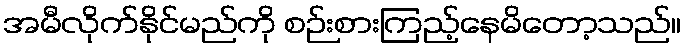
အမီလိုက်နိုင်မည်ကို စဉ်းစားကြည့်နေမိတော့သည်။